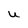
Character: U